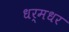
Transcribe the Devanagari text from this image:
धर्मधर